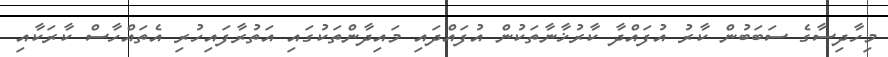
މިހާދިސާގެ ސަބަބުން ކާރު އުފައްދާ ކާރުޚާނާތަކުން އުފައްދައި މައިދާންތަކުގައި އަތުރާފައިހުރި އެތައްހާސް ކާރަކާއި